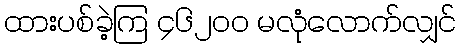
ထားပစ်ခဲ့ကြ ၄၆၂၀၀ မလုံလောက်လျှင်